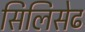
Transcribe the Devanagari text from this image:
सिलिसेढ